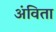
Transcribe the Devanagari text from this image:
अंविता